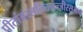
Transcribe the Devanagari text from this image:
पीतांबरललितमज्जीरसुभगा